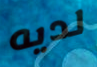
لديه